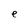
Character: e